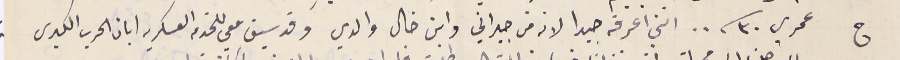
ج عمري ٣٠ سنه.. انني اعرفه جيدا لانه من جيراني وابن خال والدي وقد سيق معي للخدمه العسكريه ابان الحرب الكبرى